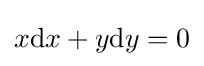
x{\text{d}}x+y{\text{d}}y=0